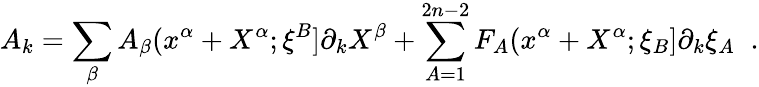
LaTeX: A_{k}=\sum_{\beta}A_{\beta}(x^{\alpha}+X^{\alpha};\xi^{B}]\partial_{k}X^{\beta}+\sum_{A=1}^{2n-2}F_{A}(x^{\alpha}+X^{\alpha};\xi_{B}]\partial_{k}\xi_{A}\; \; .